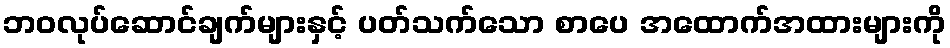
ဘဝလုပ်ဆောင်ချက်များနှင့် ပတ်သက်သော စာပေ အထောက်အထားများကို